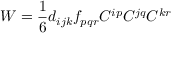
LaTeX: W = \frac { 1 } { 6 } d _ { i j k } f _ { p q r } C ^ { i p } C ^ { j q } C ^ { k r }